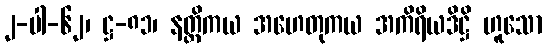
၂-ပါ-၆၂၊ ဋ္ဌ-၈၁၊ နတ္ထိကယ အဟေတုကယ အကိရိယဒိဋ္ဌိ ဟူသော